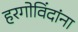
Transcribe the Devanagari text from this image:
हरगोविंदांना